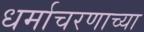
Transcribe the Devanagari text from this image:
धर्माचरणाच्या